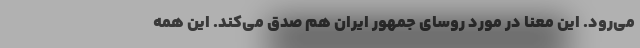
می‌رود. این معنا در مورد روسای جمهور ایران هم صدق می‌کند. این همه